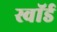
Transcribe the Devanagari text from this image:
स्वाॅर्ड